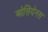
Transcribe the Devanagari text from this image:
ओसियेनस